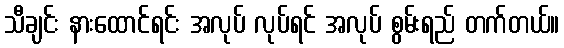
သီချင်း နားထောင်ရင်း အလုပ် လုပ်ရင် အလုပ် စွမ်းရည် တက်တယ်။